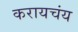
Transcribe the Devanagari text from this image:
करायचंय